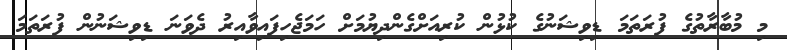
މި މުބާރާތުގެ ފުރަތަމަ ޑިވިޝަނުގެ ކުޅުން ކުރިއަށްގެންދިޔުމަށް ހަމަޖެހިފައިވާއިރު ދެވަނަ ޑިވިޝަނުން ފުރަތަމަ